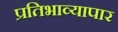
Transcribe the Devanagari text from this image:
प्रतिभाव्यापार